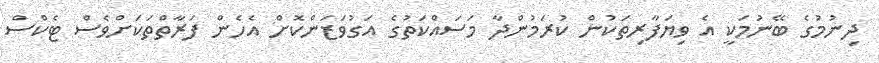
ދިނުމުގެ ބޭނުމަކީ އެ ވިޔަފާރިތަކުން ކުރަމުންދާ މަސައްކަތުގެ އަގުވަޒަންކޮށް އެހެން ފަރާތްތަކަށްވެސް ޓެކްސް